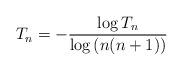
LaTeX: \begin{align*} T_n = -\dfrac{\log T_n}{\log{(n(n+1))}}\end{align*}